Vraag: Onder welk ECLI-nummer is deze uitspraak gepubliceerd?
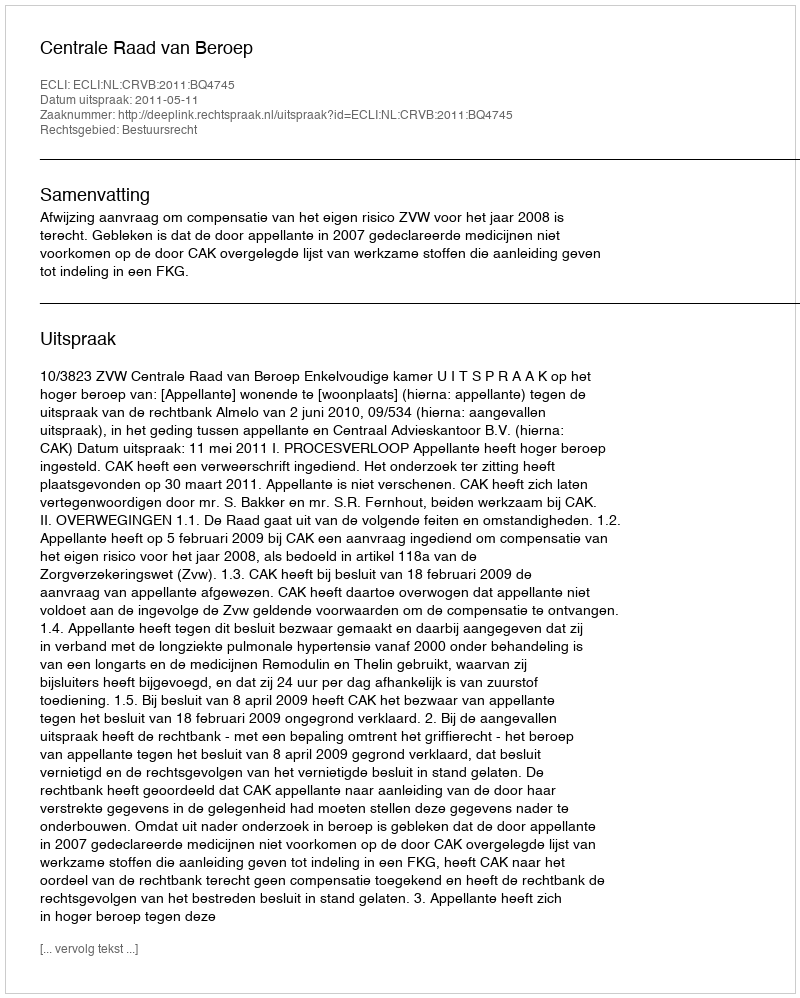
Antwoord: ECLI:NL:CRVB:2011:BQ4745